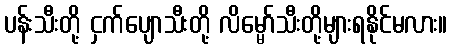
ပန်းသီးတို့ ငှက်ပျောသီးတို့ လိမ္မော်သီးတို့များရနိုင်မလား။